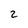
Character: 2